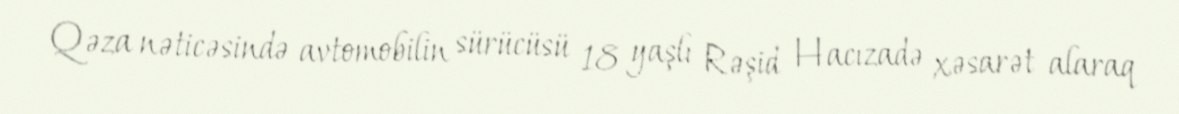
Qəza nəticəsində avtomobilin sürücüsü 18 yaşlı Rəşid Hacızadə xəsarət alaraq